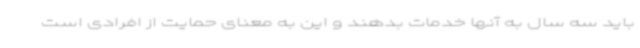
باید سه سال به آنها خدمات بدهند و این به معنای حمایت از افرادی است